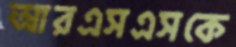
আরএসএসকে